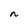
Character: n